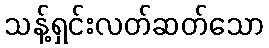
သန့်ရှင်းလတ်ဆတ်သော